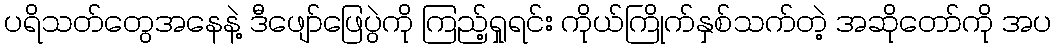
ပရိသတ်တွေအနေနဲ့ ဒီဖျော်ဖြေပွဲကို ကြည့်ရှုရင်း ကိုယ်ကြိုက်နှစ်သက်တဲ့ အဆိုတော်ကို အပ